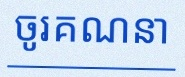
ចូរគណនា